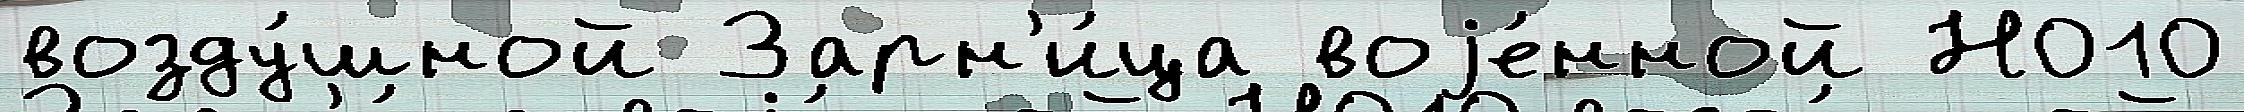
возду́шной Зарн'и́ца воjе́нной Н010